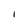
Character: I